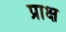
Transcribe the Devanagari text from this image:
प्राक्ष